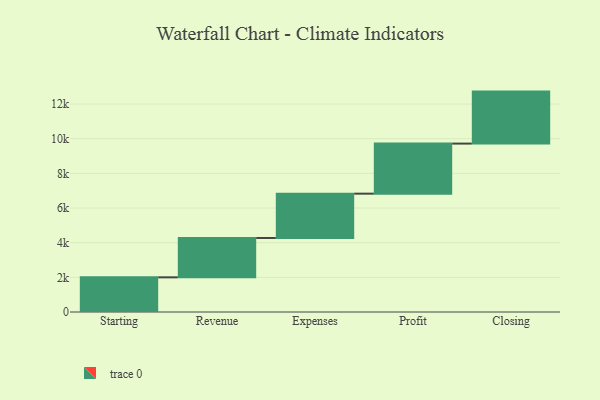
{"axis": {"x": "Step", "y": "Value"}, "legend": [""], "data": [{"x": "Starting", "y": 2000.0, "type": ""}, {"x": "Revenue", "y": 2272.0, "type": ""}, {"x": "Expenses", "y": 2557.0, "type": ""}, {"x": "Profit", "y": 2889.0, "type": ""}, {"x": "Closing", "y": 3000, "type": ""}]}